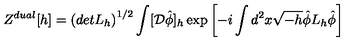
Z ^ { d u a l } [ h ] = \left( d e t L _ { h } \right) ^ { 1 / 2 } \int [ { \cal D } \hat { \phi } ] _ { h } \exp \left[ - i \int d ^ { 2 } x \sqrt { - h } \hat { \phi } L _ { h } \hat { \phi } \right]